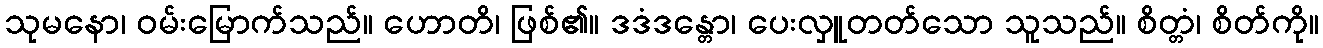
သုမနော၊ ဝမ်းမြောက်သည်။ ဟောတိ၊ ဖြစ်၏။ ဒဒံဒန္တော၊ ပေးလှူတတ်သော သူသည်။ စိတ္တံ၊ စိတ်ကို။